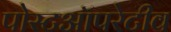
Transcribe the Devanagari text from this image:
पोस्टऑपरेटीव